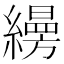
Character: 𦆅